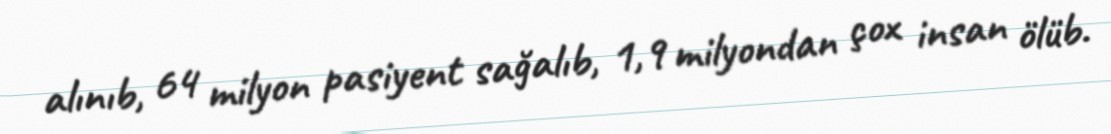
alınıb, 64 milyon pasiyent sağalıb, 1,9 milyondan çox insan ölüb.